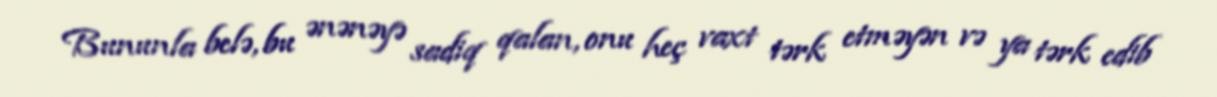
Bununla belə, bu ənənəyə sadiq qalan, onu heç vaxt tərk etməyən və ya tərk edib